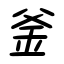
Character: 釜